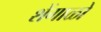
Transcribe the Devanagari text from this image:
शेंगाळो